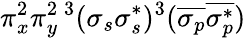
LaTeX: \pi_{x}^{2}\pi_{y}^{2}{}\, ^{3}(\sigma_{s}\sigma_{s}^{*})^{3}(\overline{{\sigma_{p}}}\overline{{\sigma_{p}^{*}}})